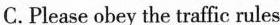
C. Please obey the traffic rules